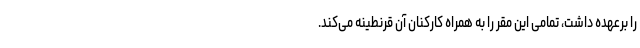
را برعهده داشت، تمامی این مقر را به همراه کارکنان آن قرنطینه می‌کند.